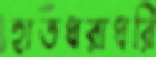
হাতধরাধরি